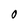
Character: 0